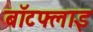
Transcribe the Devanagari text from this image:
बॉटफ्लाइ